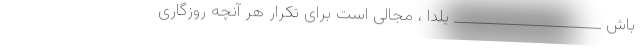
باش _____________________ یلدا ، مجالى است براى تکرار هر آنچه روزگارى